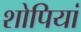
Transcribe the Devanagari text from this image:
शोपियां